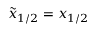
\tilde { x } _ { 1 / 2 } = x _ { 1 / 2 }